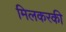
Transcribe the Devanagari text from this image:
मिलकरकी